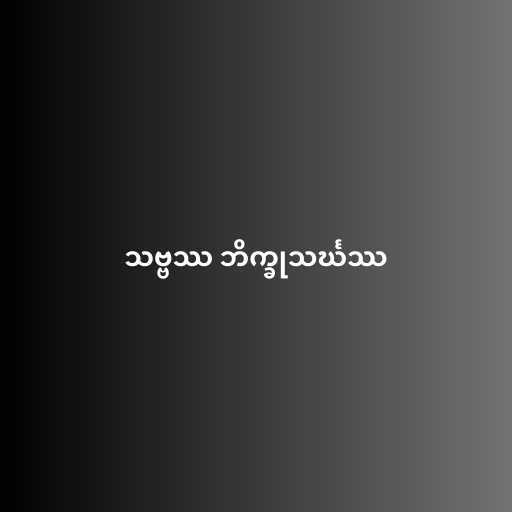
သဗ္ဗဿ ဘိက္ခုသင်္ဃဿ